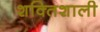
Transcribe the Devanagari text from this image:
शक्‍ितशाली